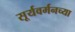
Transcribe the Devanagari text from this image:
सूर्यवर्मनच्या